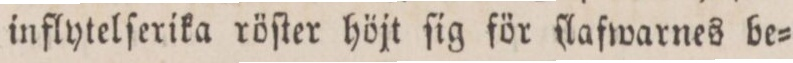
inflytelſerika röſter höjt ſig för ſlafwarnes be=